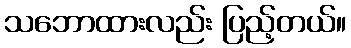
သဘောထားလည်း ပြည့်တယ်။